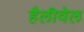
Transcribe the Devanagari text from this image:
हैलीवेल